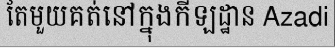
តែមួយគត់នៅក្នុងកីឡដ្ឋាន Azadi